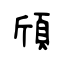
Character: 頎